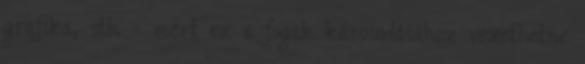
grafika, stb. - mert ez a fogak károsodásához vezethetne